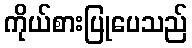
ကိုယ်စားပြုပေသည်